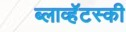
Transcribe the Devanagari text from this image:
ब्लाव्हॅटस्की